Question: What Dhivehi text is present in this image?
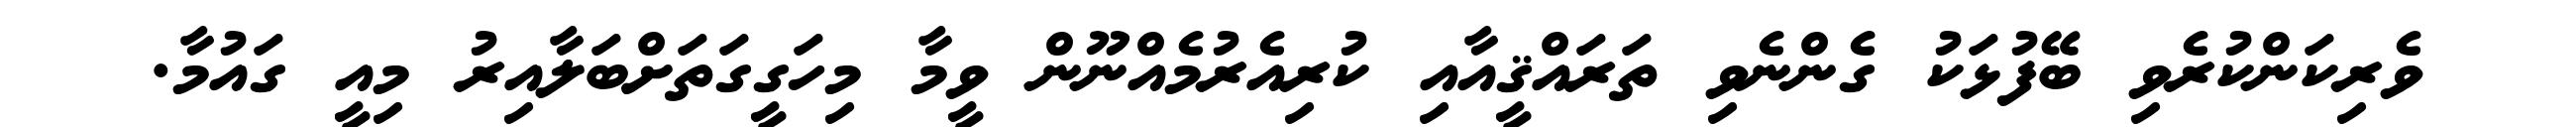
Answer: ވެރިކަންކުރެވި ބޭފުޅަކު ގެންނެވި ތަރައްޤީއާއި ކުރިއެރުމެއްނޫން ވީމާ މިހަގީގަތަށްބަލާއިރު މިއީ ގައުމާ.